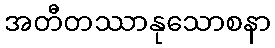
အတီတဿာနုသောစနာ